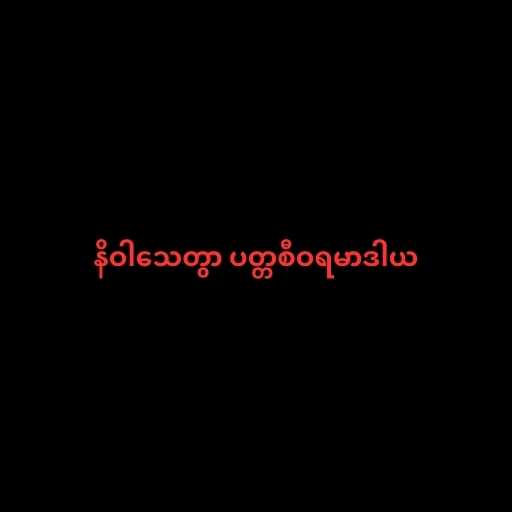
နိဝါသေတွာ ပတ္တစီဝရမာဒါယ